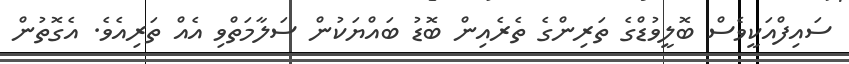
ސައިފްއަކީވެސް ބޮލީވުޑްގެ ތަރިންގެ ތެރެއިން ބޮޑު ބައްޔަކުން ސަލާމަތްވި އެއް ތަރިއެވެ. އެގޮތުން